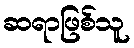
ဆရာဖြစ်သူ